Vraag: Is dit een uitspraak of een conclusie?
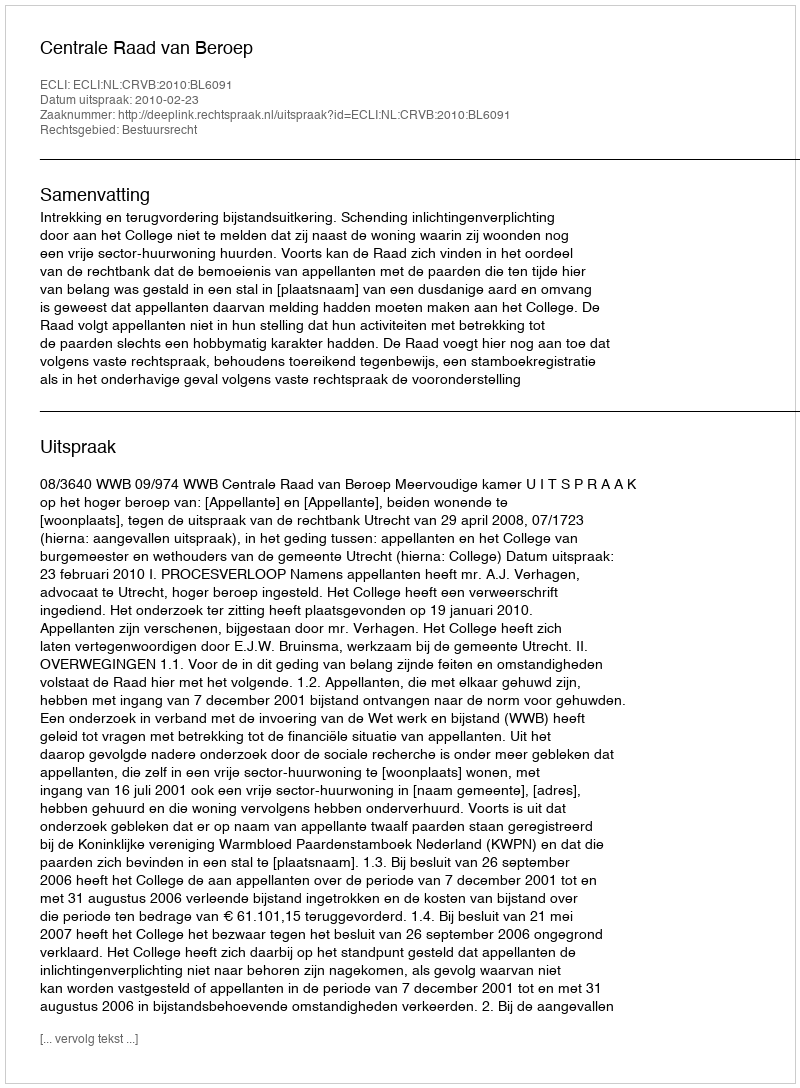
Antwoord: Uitspraak